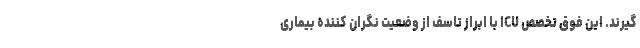
گیرند. این فوق تخصص ICU با ابراز تاسف از وضعیت نگران کننده بیماری